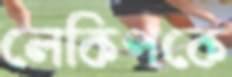
লেকিপকে